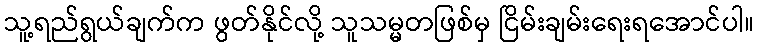
သူ့ရည်ရွယ်ချက်က ဖွတ်နိုင်လို့ သူသမ္မတဖြစ်မှ ငြိမ်းချမ်းရေးရအောင်ပါ။